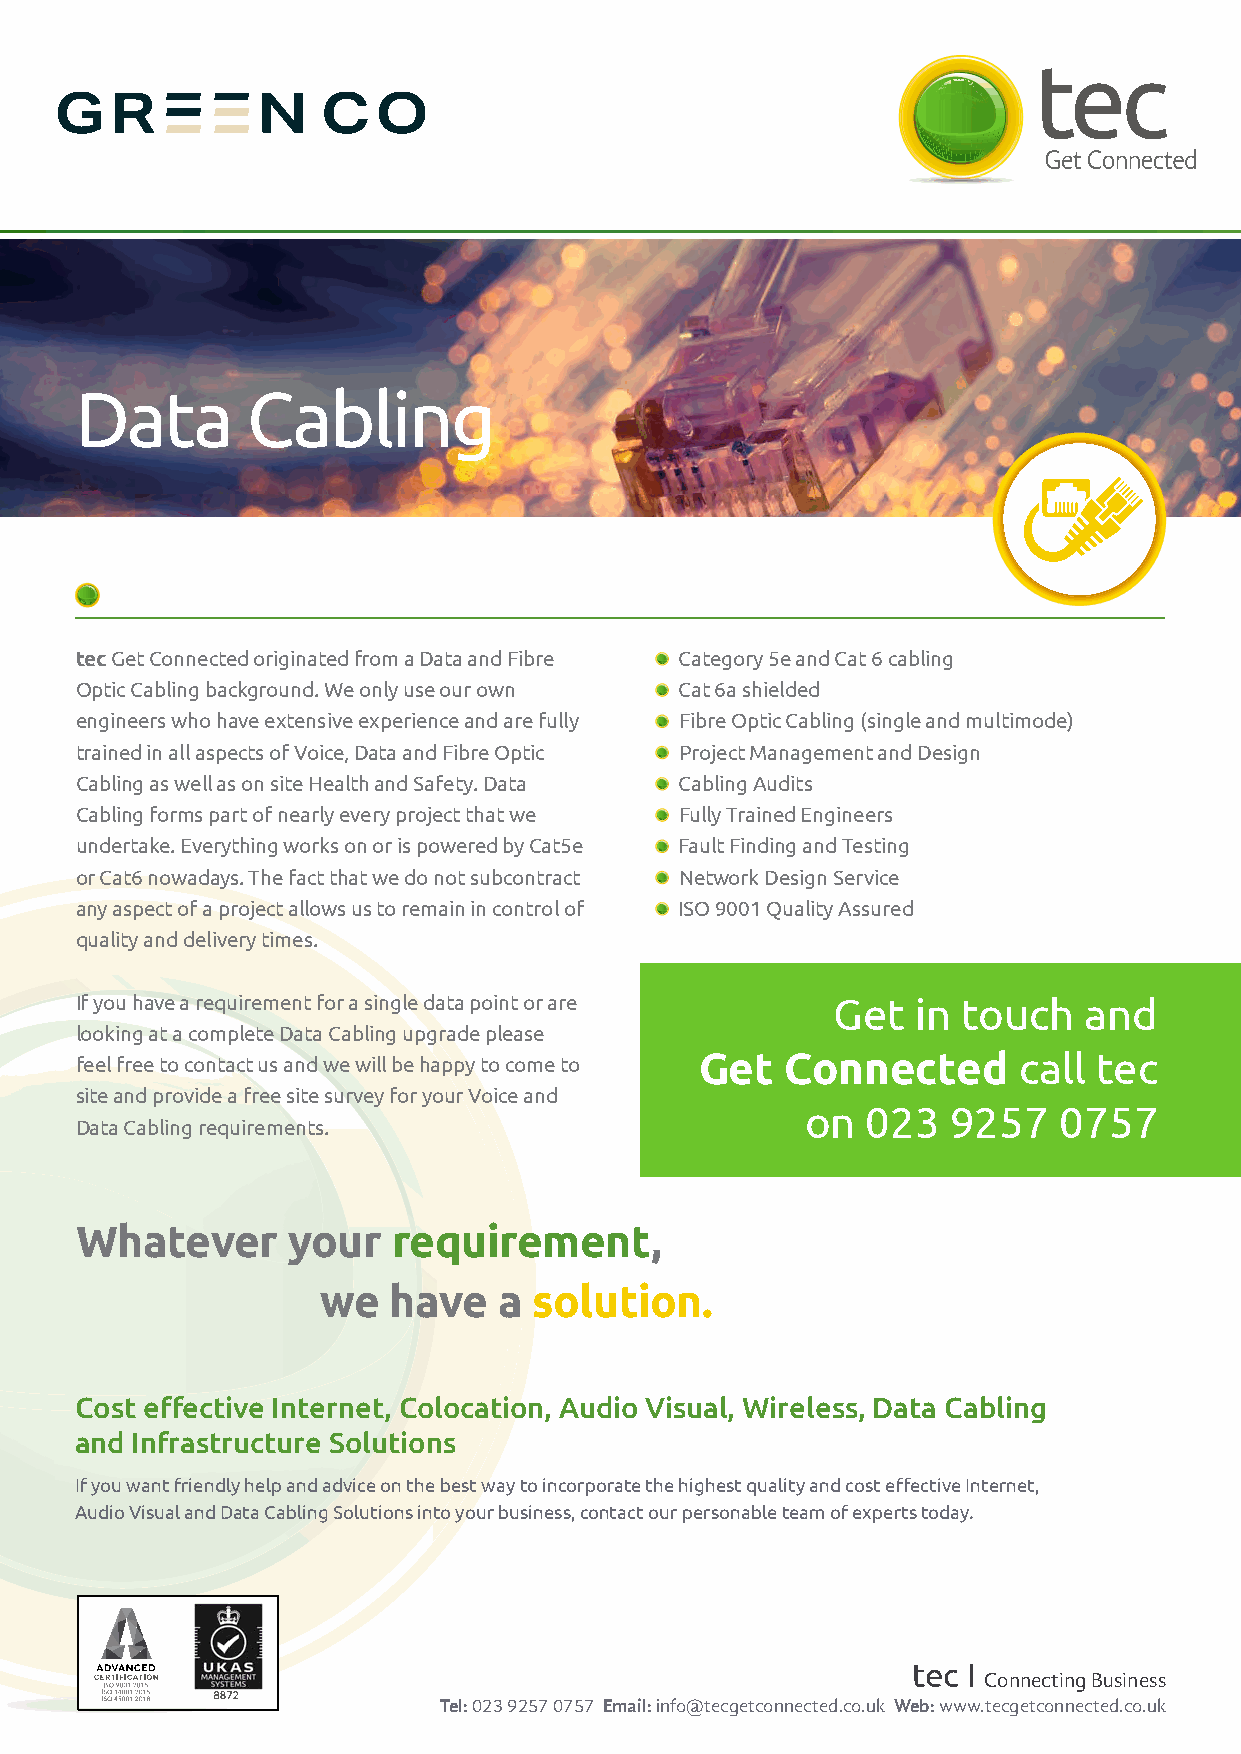
Data       Cabling
 tec Get Connected originated from a Data and Fibre Category 5e and Cat 6 cabling
 Optic Cabling background. We only use our own Cat 6a shielded
 engineers who have extensive experience and are fully Fibre Optic Cabling (single and multimode)
 trained in all aspects of Voice, Data and Fibre Optic Project Management and Design
 Cabling as well as on site Health and Safety. Data Cabling Audits
 Cabling forms part of nearly every project that we Fully Trained Engineers
 undertake. Everything works on or is powered by Cat5e Fault Finding and Testing
 or Cat6 nowadays. The fact that we do not subcontract Network Design Service
 any aspect of a project allows us to remain in control of ISO 9001 Quality Assured
 quality and delivery times.
 If you have a requirement for a single data point or are Get in touch and
 looking at a complete Data Cabling upgrade please
 Get   Connected      call  tec
 feel free to contact us and we will be happy to come to
 site and provide a free site survey for your Voice and
 on  023   9257   0757
 Data Cabling requirements.
 Whatever      your   requirement,
 we   have   a solution.
 Cost eff ective Internet, Colocation, Audio Visual, Wireless, Data Cabling
 and Infrastructure Solutions
 If you want friendly help and advice on the best way to incorporate the highest quality and cost eff ective Internet,
 Audio Visual and Data Cabling Solutions into your business, contact our personable team of experts today.
 tec I
 Connecting Business
 Tel: 023 9257 0757 Email: info@tecgetconnected.co.uk Web: www.tecgetconnected.co.uk